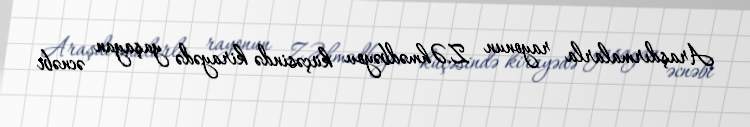
Araşdırmalarla rayonun Z.Əhmədbəyov küçəsində kirayədə yaşayan əcnəbi